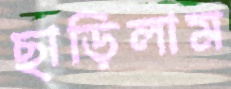
ছাড়িলাম